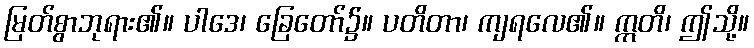
မြတ်စွာဘုရား၏။ ပါဒေ၊ ခြေတော်၌။ ပတိတာ၊ ကျရလေ၏။ ဣတိ၊ ဤသို့။